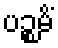
ပဉ္စမိံ